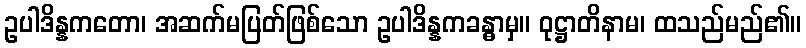
ဥပါဒိန္နကတော၊ အဆက်မပြတ်ဖြစ်သော ဥပါဒိန္နကခန္ဓာမှ။ ဝုဋ္ဌာတိနာမ၊ ထသည်မည်၏။